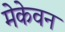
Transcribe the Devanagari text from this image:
मेकेवन